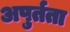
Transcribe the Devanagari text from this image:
अपुर्तता